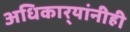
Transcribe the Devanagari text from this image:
अधिकार्‍यांनीही